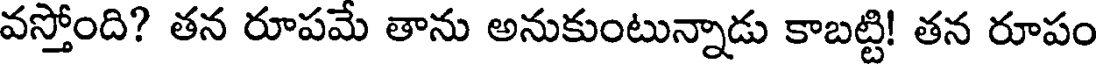
వస్తోంది? తన రూపమే తాను అనుకుంటున్నాడు కాబట్టి! తన రూపం